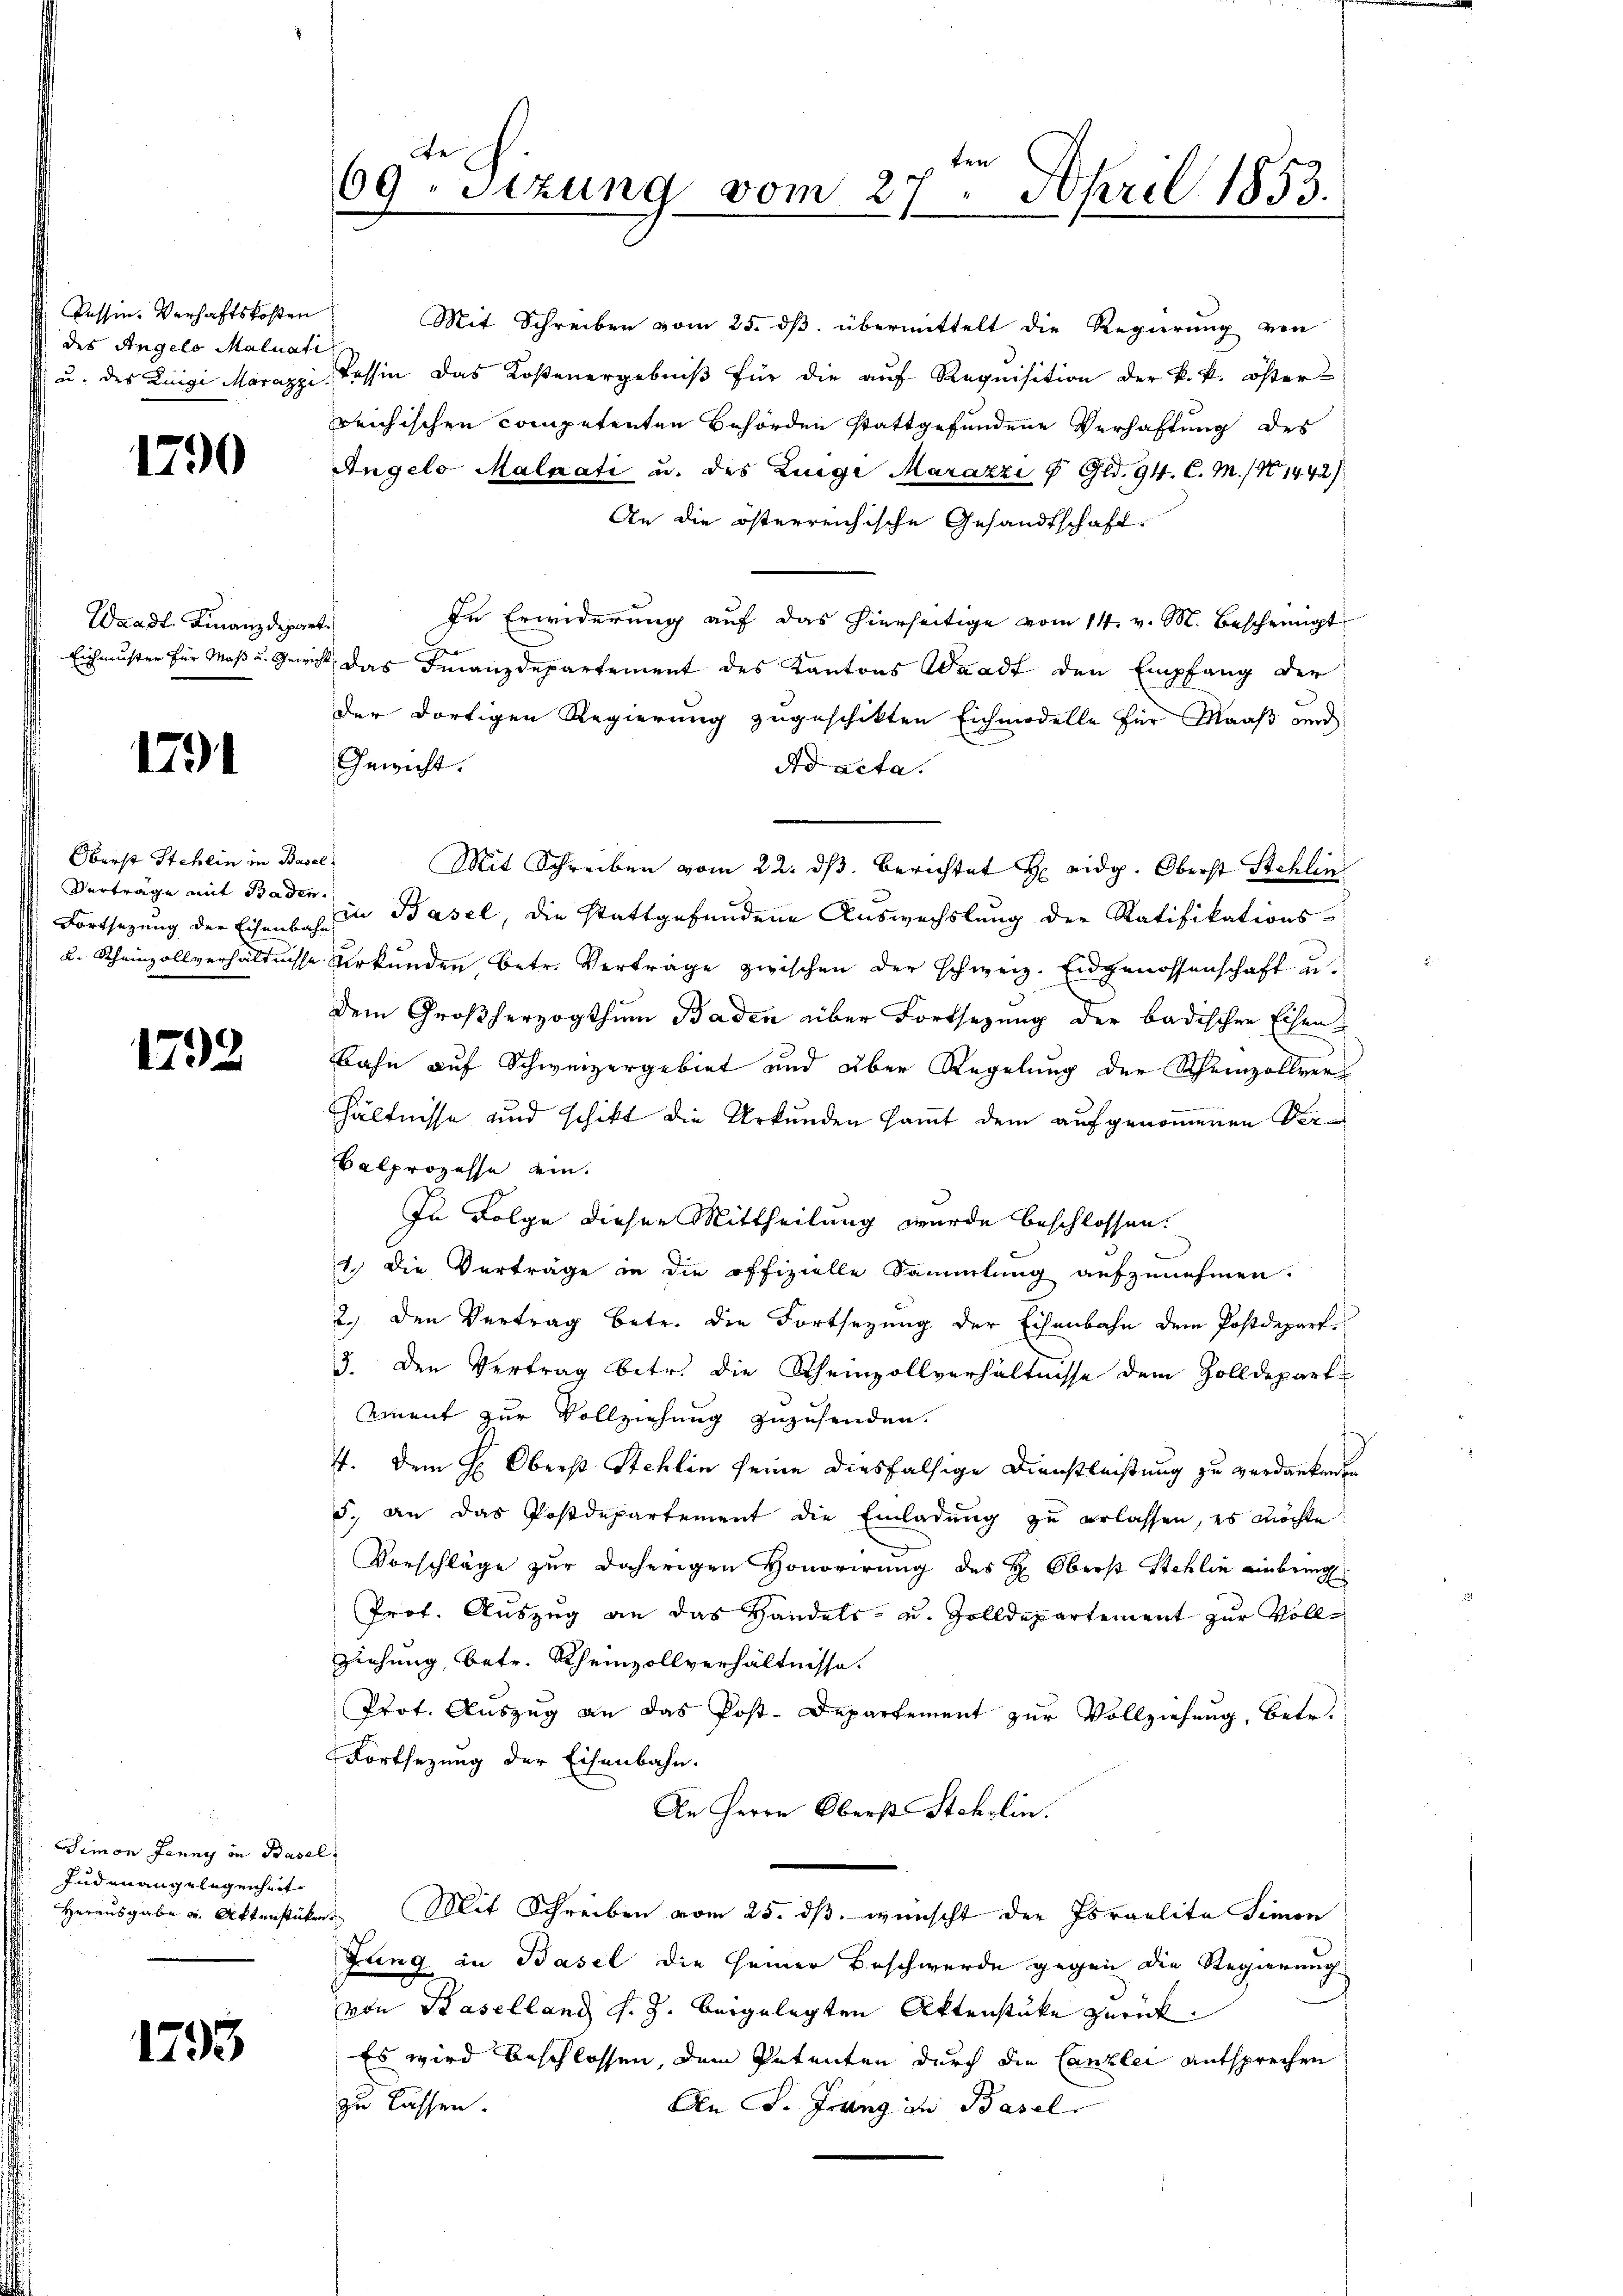
Cessin. Verhaftskosten
des Angelo Maluati

1790

Waadt Finanzdepart.

1791

Oberst Stehlin in Basel
Verträge mit Baden.

1798

Simon Jenny in Basel
Inden angelegenheit

1793.

Mit Schreiben vom 25. ds. übermittelt die Regierung von
u. des Luigi Marappi, Tessin das Kostenergebniß für die auf Requisition der k. k. öster-
reichischen competenten Behörden stattgefundene Verhaftung des
Angelo Malzati u. des Zunge Marazzi u. Gld. 94. C. M. 11442/
An die österreichische Gesandtschaft.
In Erwiderung auf das hierseitige vom 14. v. M. bescheinigt
Eichmuster für Maß u. Gewicht das Finanzdepartement des Kantons Waadt den Empfang der
der dortigen Regierung zugeschikten Eichmodelle für Maaß und
Gewicht.
Ad acta.
Mit Schreiben vom 22. ds. Berichtet eidg. Oberst Schli
Fortsetzung der Eisenbahn in Basel, die stattgefundene Auswechslung der Ratifikations-
2. Rheinzollverhältnisse Urkŭnden, betr. Verträge zwischen der schweiz. Eidgenossenschaft u.
dem Großherzogthum Baden über Fortsetzung der badischen Eisen¬
Bahn auf Schweizergebiet und über Regelung der Rheinzollverhältnisse und schikt die Urkunden sammt dem aufgenommenen Ver¬
Balprozesse ein.
In Folge dieser Mittheilung wurde beschlossen.
1 die Vorträge in die offizielle Sammlung aufzunehmen.
2.) Den Vertrag betr. die Fortsetzung der Eisenbahn dem Postdepart¬
3. Den Vertrag betr. die Rheinzollverhältnisse dem Zolldepart
Amment zur Vollziehung zuzusenden.
4. Dem H: Oberst Stehlin seine diesfalsige Dienstleistung zu verdankenen
5. an das Postdepartement die Einladung zu erlassen, es möchte
Vorschläge zur daherigen Honorirung des H: Oberst Stehlin einbring
Prof. Auszug an das Handels- u. Zolldepartement zur Vollziehung, betr. Rheinzollverhältnisse.
Prot. Auszug an das Post-Departement zur Vollziehung, betr.
Fortsezung der Eisenbahn.
An Herrn Oberst Stehrlin.
Herausgabe u. Aktenstücke. Mit Schreiben vom 25. dβ. wünscht der Israelite Simon
Jung in Basel die seiner Beschwerde gegen die Regierung
von Baselland s. Z. beigelegten Aktenstüke zurück.
Es wird beschlossen, dem Petenten durch die Canzlei entsprechen
zu lassen.
An J. Grung in Basel

ten
69. Sizung vom 27. April 1853.